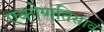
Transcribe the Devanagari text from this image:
एकोणतिसावं